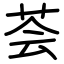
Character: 荟